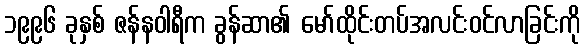
၁၉၉၆ ခုနှစ် ဇန်နဝါရီက ခွန်ဆာ၏ မော်ထိုင်းတပ်အလင်းဝင်လာခြင်းကို